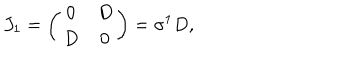
J _ { 1 } = \left( \begin{array} { c c } { { 0 } } & { { D } } \\ { { D } } & { { 0 } } \\ \end{array} \right) = \sigma ^ { 1 } D ,